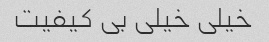
خیلی خیلی بی کیفیت